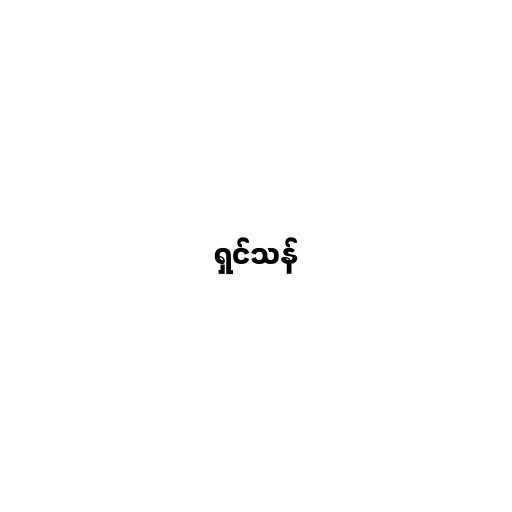
ရှင်သန်